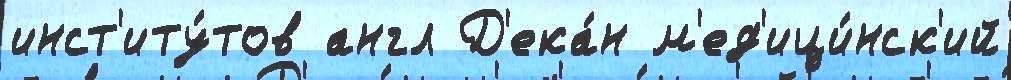
инст'иту́тов англ Д'ека́н м'ед'ици́нск'ий